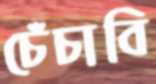
চেঁচাবি